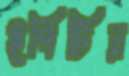
ইপিটির